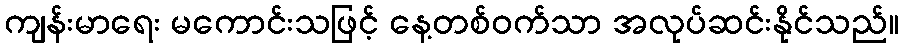
ကျန်းမာရေး မကောင်းသဖြင့် နေ့တစ်ဝက်သာ အလုပ်ဆင်းနိုင်သည်။